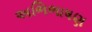
અભિભાષણ